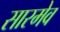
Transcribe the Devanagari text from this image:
सारमेव